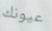
عيونك